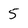
Character: 5